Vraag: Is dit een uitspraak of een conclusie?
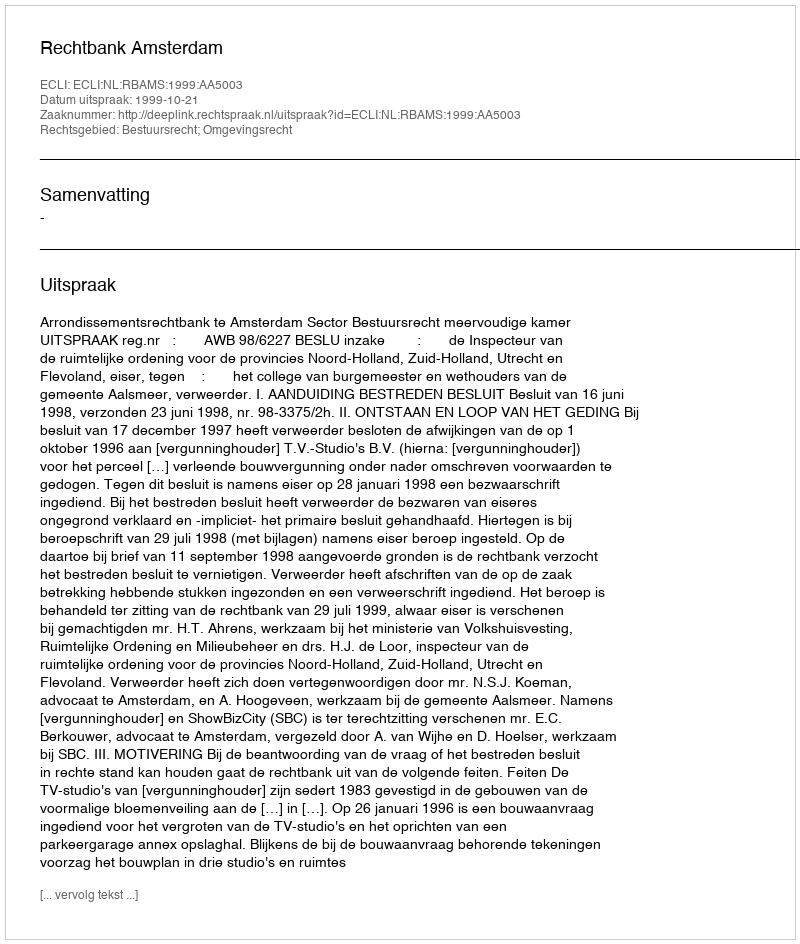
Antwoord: Uitspraak